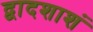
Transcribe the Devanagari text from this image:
द्वादशाशं